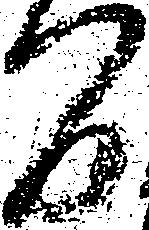
間